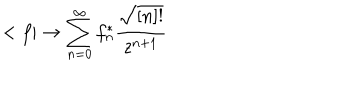
< f | \rightarrow \sum _ { n = 0 } ^ { \infty } f _ { n } ^ { * } \frac { \sqrt { [ n ] ! } } { z ^ { n + 1 } }